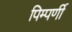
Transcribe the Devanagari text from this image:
पिम्पर्णी